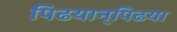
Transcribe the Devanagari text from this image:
पिढयान्‌पिढया